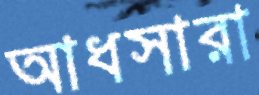
আধসারা